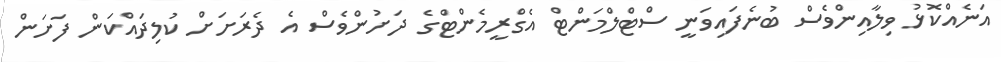
އަނެއްކޮޅު ވިލާއިންވެސް ބުނެފައިވަނީ ސްޓްލްމަންޓް އެގްރީމެންޓްގެ ދަށުންވެސް އެ ދެރަށަށް ކުލިދައްކަން ފަށަން